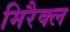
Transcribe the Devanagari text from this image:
मिरैक्ल